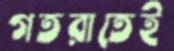
গতরাতেই